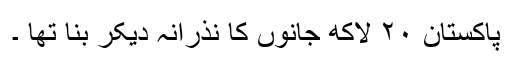
پاکستان ٢٠ لاکھ جانوں کا نذرانہ دیکر بنا تھا ۔